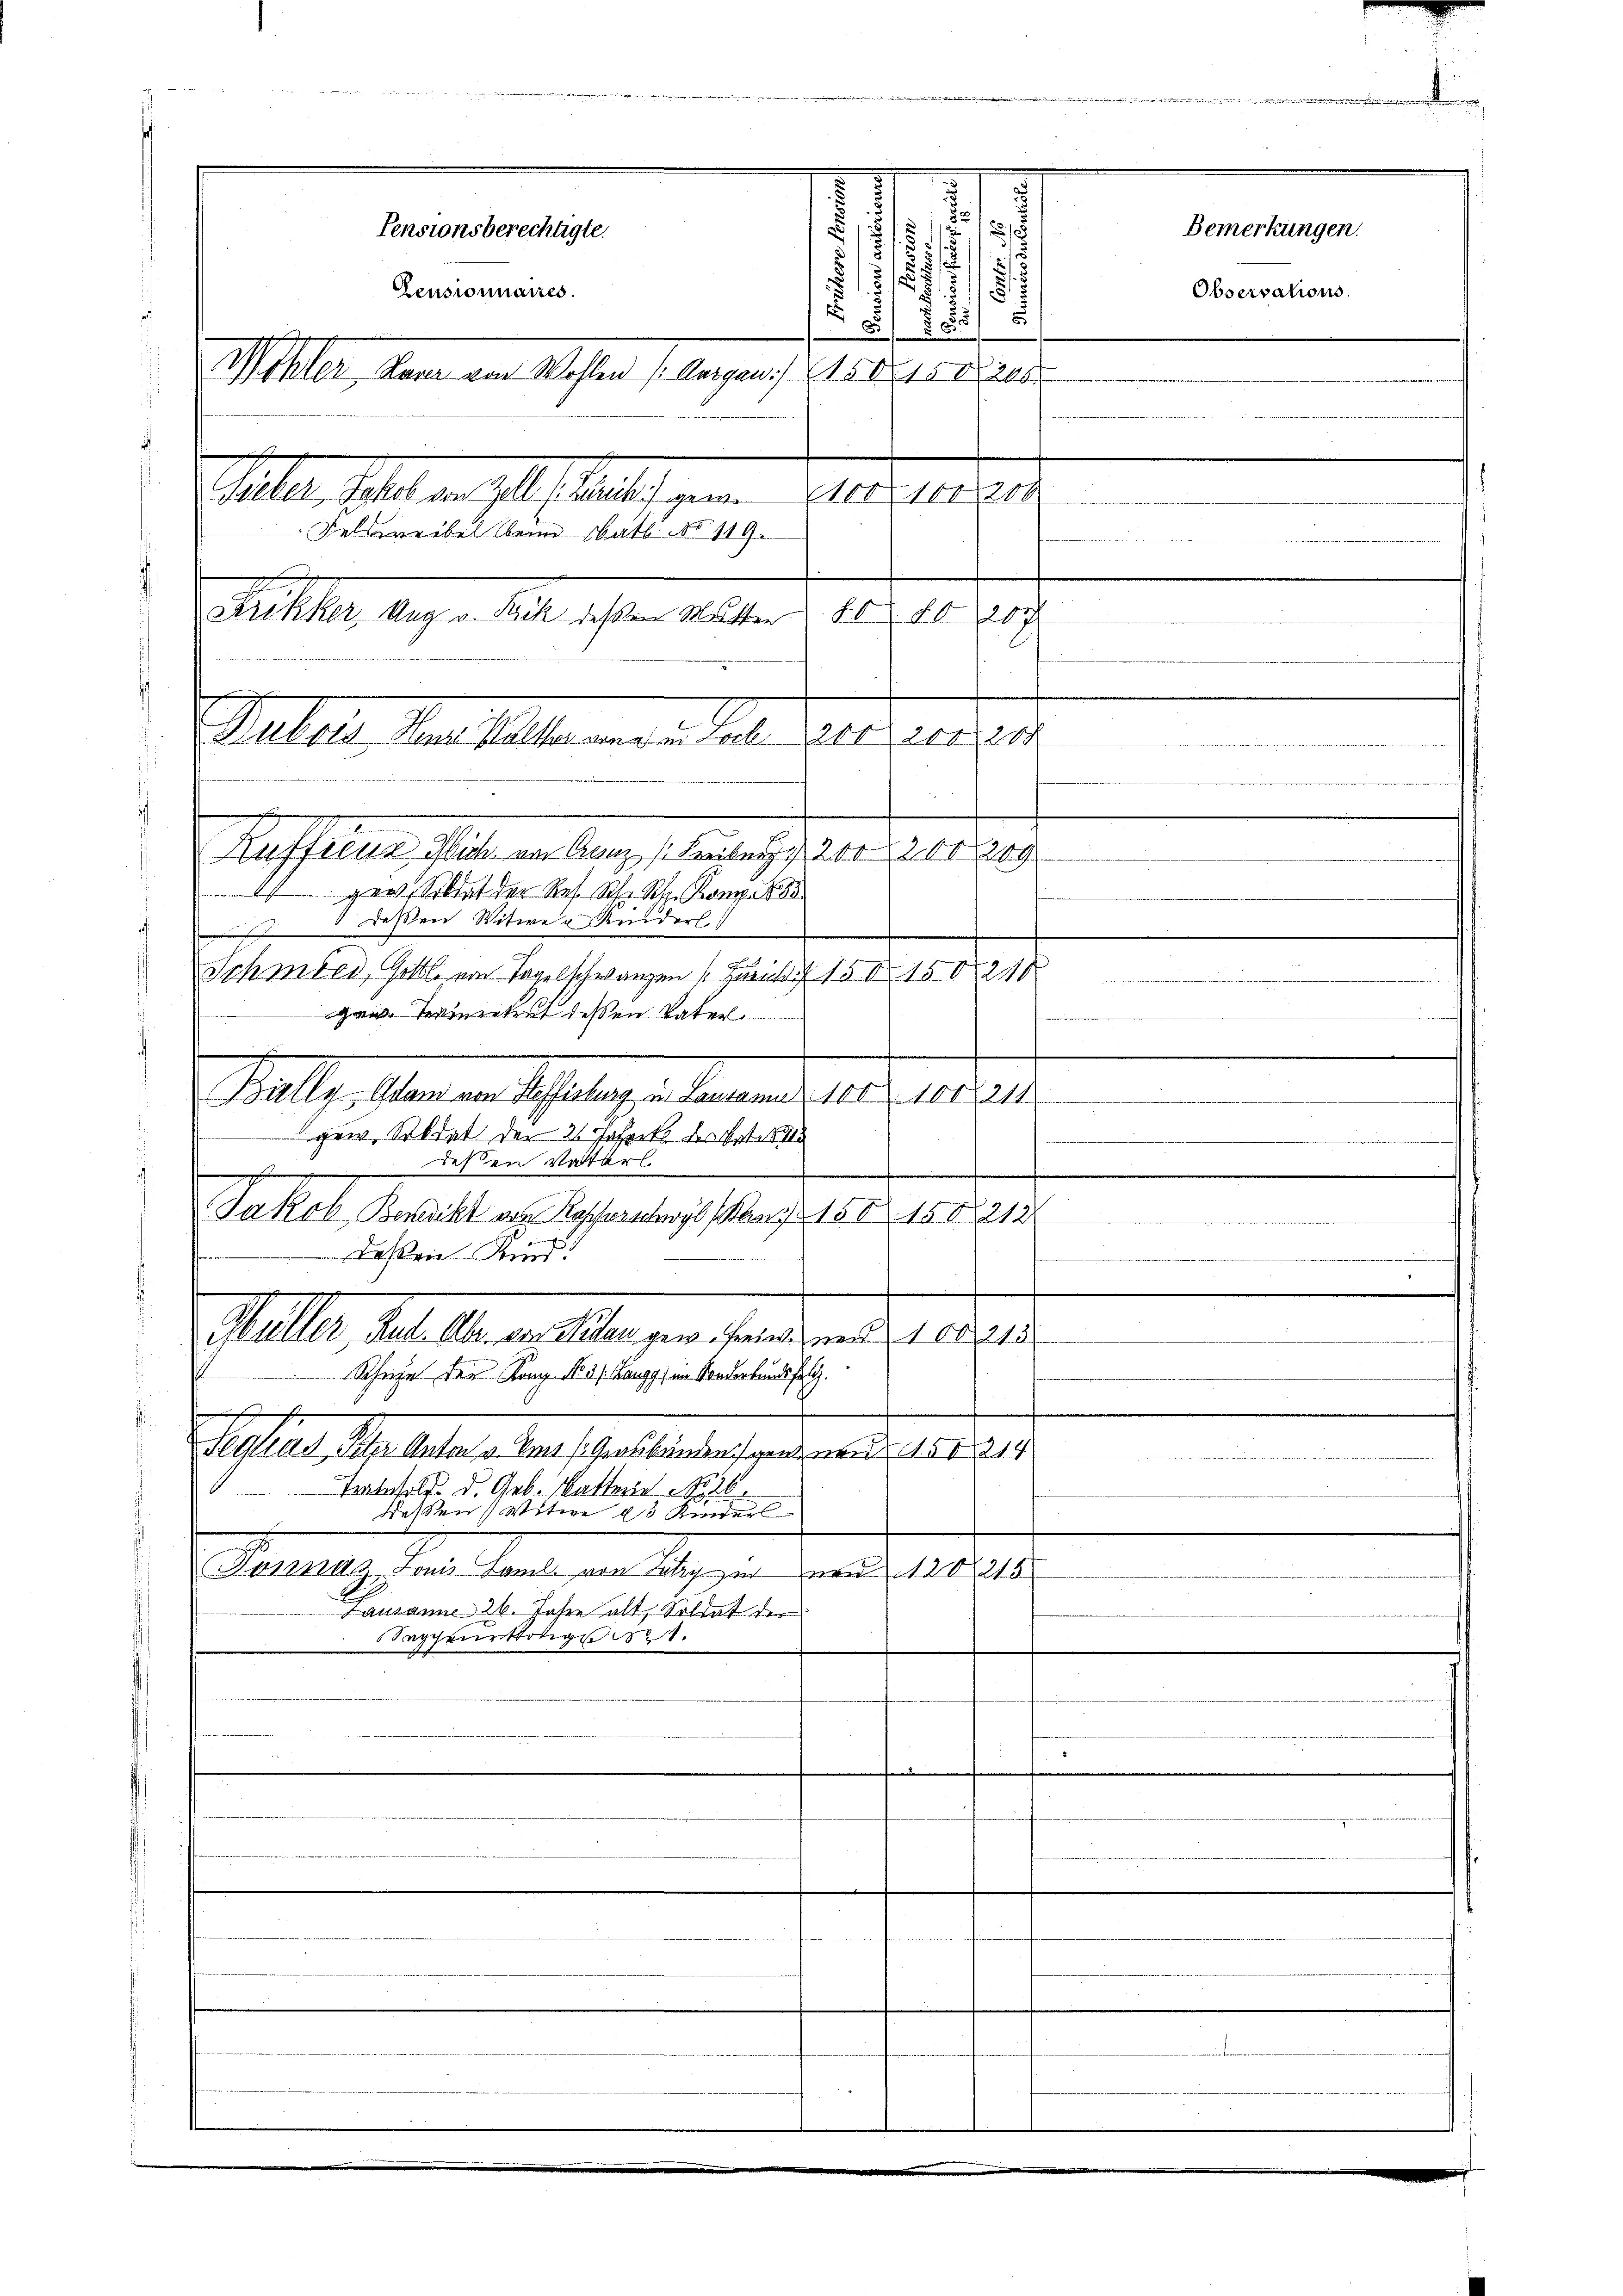
1
1

8
¬
5
/
7
§
Pensionnaires.
s
8
 85
Mehler kann am Wassen (lagans todesdien
i
ff
st.
Sieber, Jakob von Zell (surich) gewe 100 100, 200
Felderribel der Nath No 119.
Krikker, Aug. v. Bock deßen Mutter
 88. 267
Stellen, den selben den in als eine rentei
Auffrenz Mich am Ganz Freiberg 200 (200209
f der Res. Schr Sohn Kom
ddessen Witwer Kinderl
Schmied, Gottl. von Tagelschwarzen (Buruck 15 x 15 024
gan Teintest deßen Vater
Billy Grand von Heffisburg in Lausanne 100. 104211
gew. Soldat der 2 Jahret des Art. 1
ddeßen Vaterl.
h
Jakob Benackt von Roschern Kann 1501508212
e
Dassen Kind
.
Hüller Rud. Aber von Nidau gew. Freie und 108. 213
Schne der Kong Nr. 31. Hengg, im Sonderkundsfolg.
h
Heglias Peter Anton v. Ems (Graubünden ganz von 15214
Trennhold. d. Geb. Kattene No. 26.
deßen Witwe 13 Kinder
Pennaz Louis Famil. von July zur von 120
2141
Lausanne 26. Jahre alt, Soltat der
Sappeurotige 1.

Pensionsberechtigte.

7.

Bemerkungen.
Observations.

-

tirun